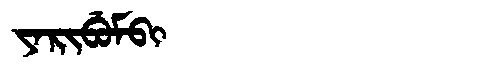
Manchu: ᠶᠠᡵᡳᠪᡠᠮᠪᡳ
Romanization: YARIBUMBI